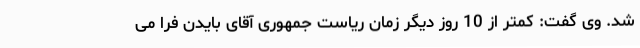
شد. وی گفت: کمتر از 10 روز دیگر زمان ریاست جمهوری آقای بایدن فرا می